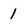
Character: 1